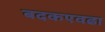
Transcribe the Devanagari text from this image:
बदकएवढा